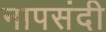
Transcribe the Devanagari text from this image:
नापसंदी